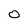
Character: 0